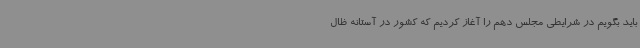
باید بگویم در شرایطی مجلس دهم را آغاز کردیم که کشور در آستانه ظال